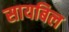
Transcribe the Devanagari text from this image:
सायबिल